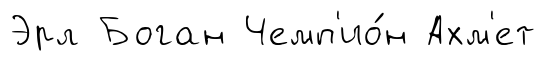
Эрл Боган Чемп'ио́н Ахм'ет